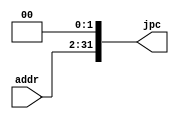
`timescale 1ns / 1ps
//////////////////////////////////////////////////////////////////////////////////
// Company: 
// Engineer: 
// 
// Design Name: 
// Module Name: bitshifter1
// Project Name: 
// Target Devices: 
// Tool Versions: 
// Description: 
// 
// Dependencies: 
// 
// Revision:
// Revision 0.01 - File Created
// Additional Comments:
// 
//////////////////////////////////////////////////////////////////////////////////


module bitshifter1(
input [29:0] addr,
output reg [31:0] jpc
    );
    
    always@(*)
    begin
        jpc = addr << 2;
    end
endmodule